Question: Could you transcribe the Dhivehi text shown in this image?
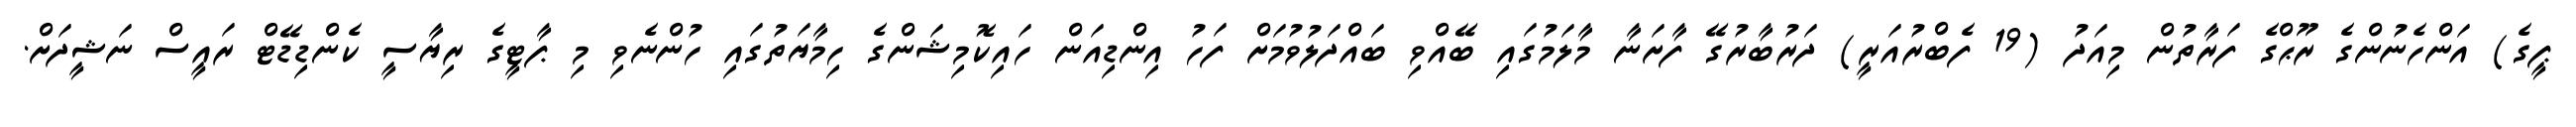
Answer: ޕީގެ) އަންހެނުންގެ ރޫޙްގެ ފަރާތުން މިއަދު (19 ފެބްރުއަރީ) ދަރުބާރުގޭ ފާށަނާ މާލަމުގައި ބޭއްވި ބައްދަލުވުމަށް ފަހު އިންޑިއަން ހައިކޮމިޝަންގެ ހިމާޔަތުގައި ހުންނެވި މި ޕާޓީގެ ރިޔާސީ ކެންޑިޑޭޓް ރައީސް ނަޝީދަށް.